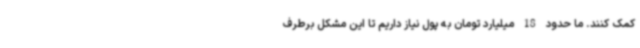
کمک کنند. ما حدود 18 میلیارد تومان به پول نیاز داریم تا این مشکل برطرف